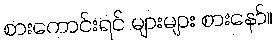
စားကောင်းရင် များများ စားနော်။